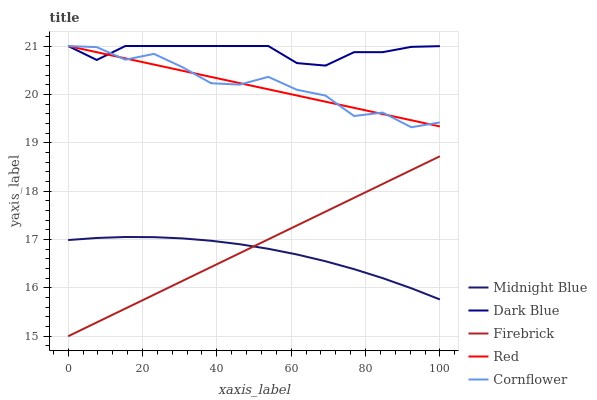
| xaxis_label | Midnight Blue | Dark Blue | Firebrick | Red | Cornflower |
 | --- | --- | --- | --- | --- | --- |
 | 0 | 17 | 21 | 15 | 21 | 21 |
 | 7.69 | 17 | 20.7 | 15.3 | 20.9 | 21 |
 | 15.4 | 17.1 | 21 | 15.6 | 20.7 | 20.7 |
 | 23.1 | 17 | 21 | 15.9 | 20.6 | 20.8 |
 | 30.8 | 17 | 21 | 16.1 | 20.5 | 20.6 |
 | 38.5 | 17 | 21 | 16.4 | 20.4 | 20.2 |
 | 46.2 | 16.9 | 21 | 16.7 | 20.2 | 20.2 |
 | 53.8 | 16.8 | 21 | 17 | 20.1 | 20.4 |
 | 61.5 | 16.7 | 20.6 | 17.3 | 20 | 20.1 |
 | 69.2 | 16.6 | 20.6 | 17.6 | 19.8 | 20 |
 | 76.9 | 16.4 | 20.9 | 17.9 | 19.7 | 19.6 |
 | 84.6 | 16.2 | 20.9 | 18.1 | 19.6 | 19.6 |
 | 92.3 | 16 | 21 | 18.4 | 19.5 | 19.3 |
 | 100 | 15.8 | 21 | 18.7 | 19.3 | 19.4 |